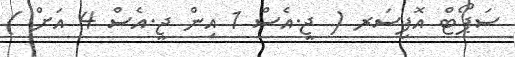
ސަޕޯޓް އޮފިސަރ ( ޖީ.އެސް 1 އިން ޖީ.އެސް 4 އަށް )